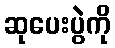
ဆုပေးပွဲကို